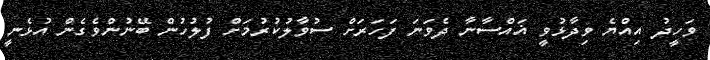
ވަހީދު އިއްޔެ ވިދާޅުވީ ޣައްސާނާ ދެވަނަ ފަހަރަށް ސުވާލުކުރުމަށް ފުލުހުން ބޭނުންވެގެން އުޅެނީ